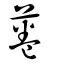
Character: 菤